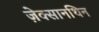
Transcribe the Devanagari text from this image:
ज़ेक्सानथिन